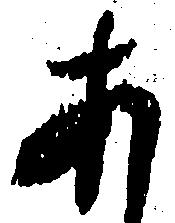
あ